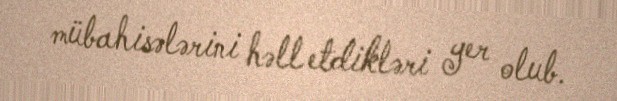
mübahisələrini həll etdikləri yer olub.